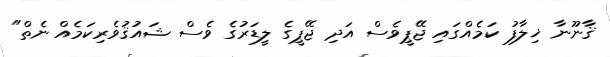
ޤާނޫނާ ޚިލާފު ކަމެއްގައި ޖޭޕީވެސް އަދި ޖޭޕީގެ ލީޑަރުގެ ވެސް ޝައުޤުވެރިކަމެއް ނެތް"